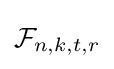
{\mathcal {F}}_{n,k,t,r}